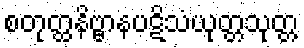
စတုတ္ထနိဗ္ဗာနပဋိသံယုတ္တသုတ္တ